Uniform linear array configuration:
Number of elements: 24
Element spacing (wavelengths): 0.5
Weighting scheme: cosine
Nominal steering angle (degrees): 0
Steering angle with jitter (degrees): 1.77
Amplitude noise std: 0.05
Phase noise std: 0.05

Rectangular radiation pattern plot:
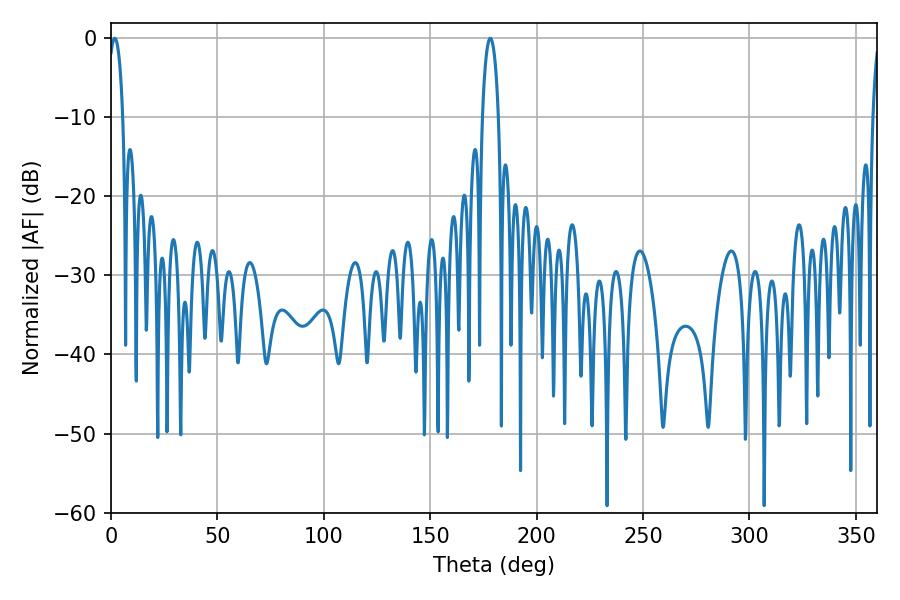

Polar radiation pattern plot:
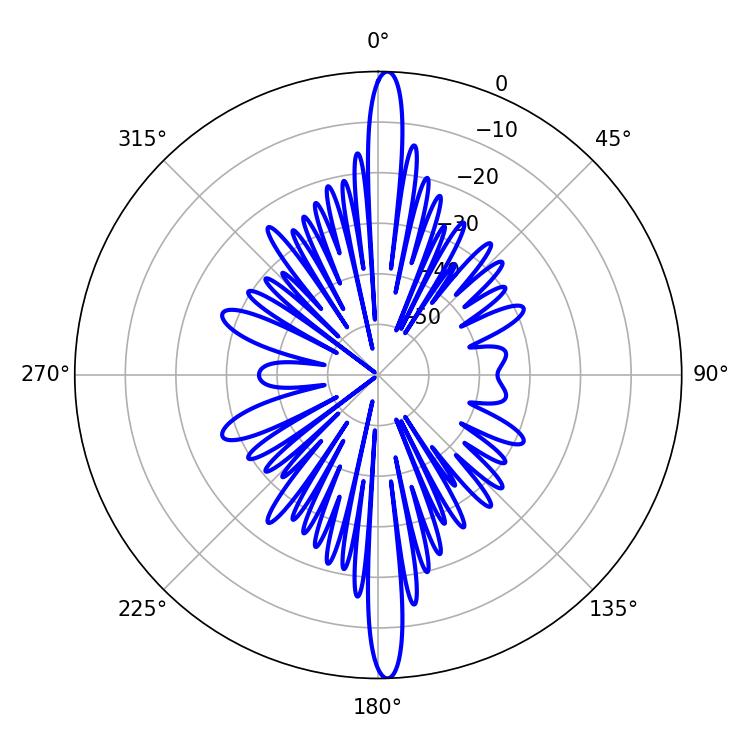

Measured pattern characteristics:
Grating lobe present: FALSE
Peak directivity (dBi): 25.988
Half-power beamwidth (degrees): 4.32
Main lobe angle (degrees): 178.2